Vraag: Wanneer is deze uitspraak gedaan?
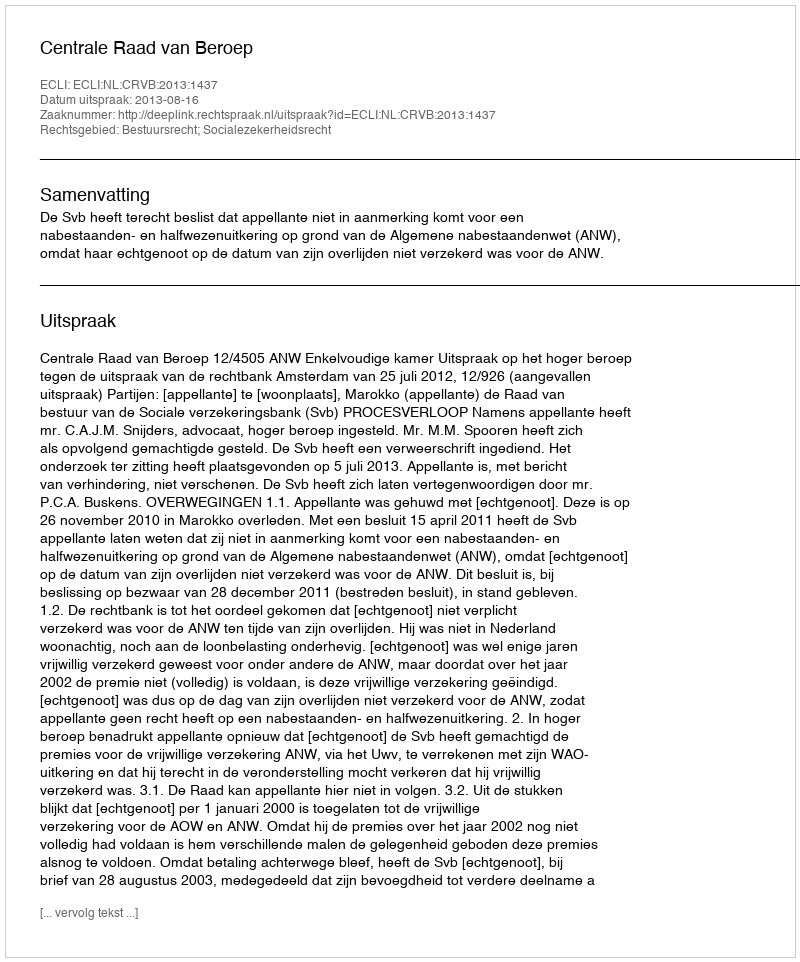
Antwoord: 2013-08-16